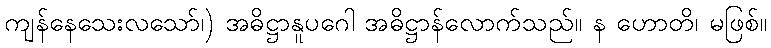
ကျန်နေသေးလသော်၊) အဓိဋ္ဌာနူပဂေါ အဓိဋ္ဌာန်လောက်သည်။ န ဟောတိ၊ မဖြစ်။